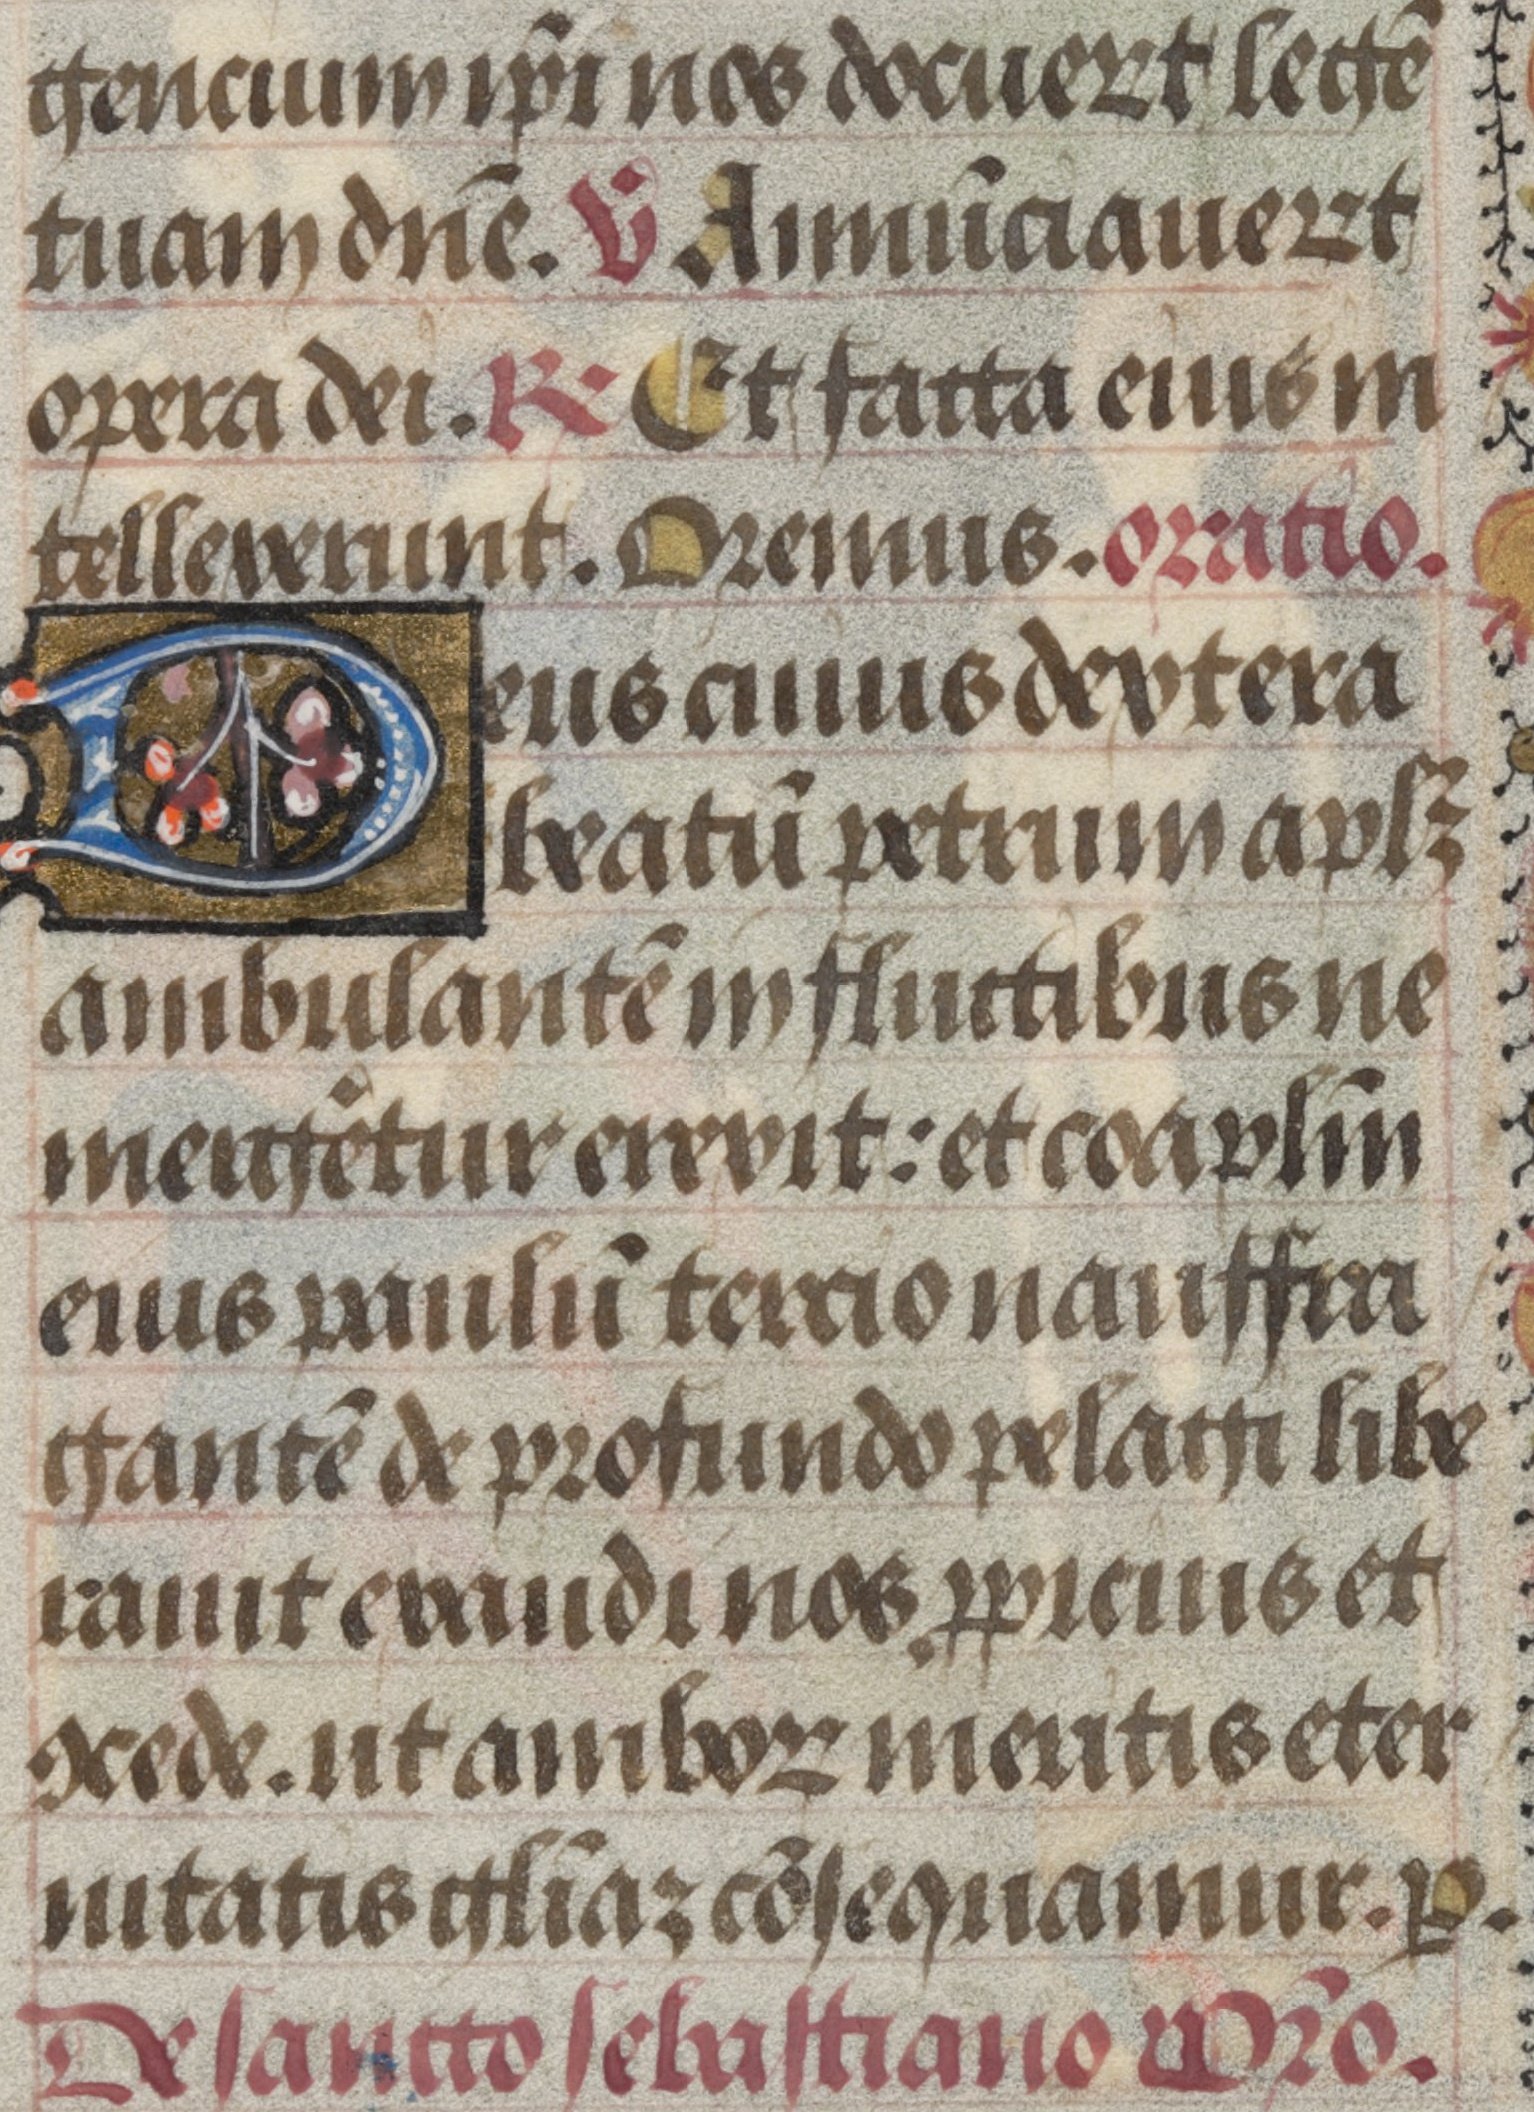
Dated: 1450–1474